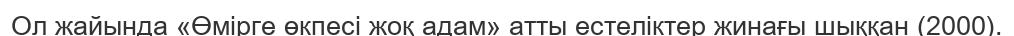
Ол жайында «Өмірге өкпесі жоқ адам» атты естеліктер жинағы шыққан (2000).